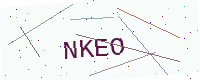
Text: NKEO